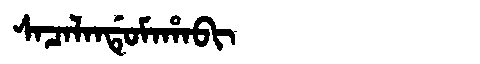
Manchu: ᠰᠠᠴᠠᠯᠠᠨᡩᡠᠮᠠᡥᠠᠪᡳ
Romanization: SACALANDUMAHABI